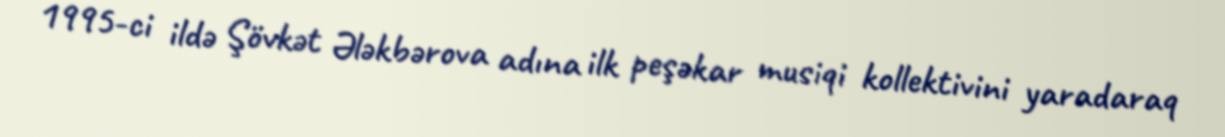
1995-ci ildə Şövkət Ələkbərova adına ilk peşəkar musiqi kollektivini yaradaraq